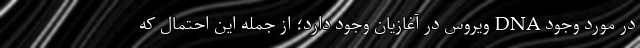
در مورد وجود DNA ویروس در آغازیان وجود دارد؛ از جمله این احتمال که